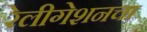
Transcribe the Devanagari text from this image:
रेलीगेशनचा